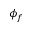
\phi _ { f }